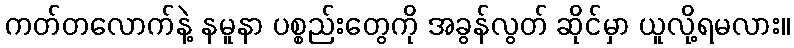
ကတ်တလောက်နဲ့ နမူနာ ပစ္စည်းတွေကို အခွန်လွတ် ဆိုင်မှာ ယူလို့ရမလား။